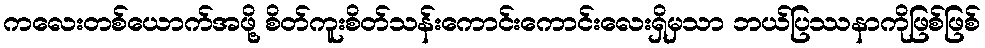
ကလေးတစ်ယောက်အဖို့ စိတ်ကူးစိတ်သန်းကောင်းကောင်းလေးရှိမှသာ ဘယ်ပြဿနာကိုဖြစ်ဖြစ်